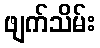
ဖျက်သိမ်း